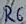
Text: R6